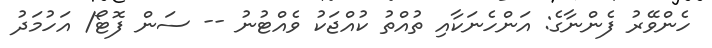
ހެންވޭރު ފެންނާގެ: އަންހެނަކާއި ތުއްތު ކުއްޖަކު ވެއްޓުނު -- ސަން ފޮޓޯ/ އަހުމަދު